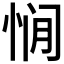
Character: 𰑥